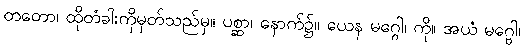
တတော၊ ထိုတံခါးကိုမှတ်သည်မှ။ ပစ္ဆာ၊ နောက်၌။ ယေန မဂ္ဂေါ၊ ကို။ အယံ မဂ္ဗေါ၊